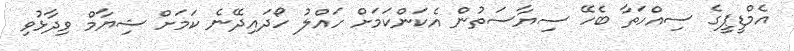
އެމްޑީޕީގެ ސިއްހަތާ ބެހޭ ސިޔާސަތުން އެކަންކަމަށް ހައްލު ހޯދައިދޭނެ ކަމަށް ޝިޔާމް ވިދާޅުވި